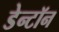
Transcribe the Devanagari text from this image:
डेन्टॉन